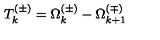
T _ { k } ^ { ( \pm ) } = \Omega _ { k } ^ { ( \pm ) } - \Omega _ { k + 1 } ^ { ( \mp ) }